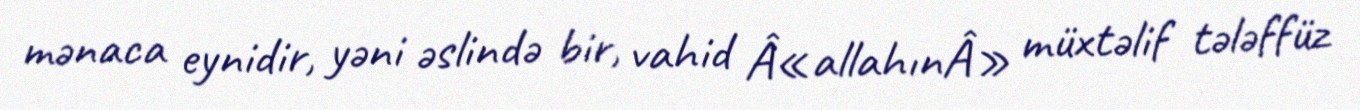
mənaca eynidir, yəni əslində bir, vahid Â«allahınÂ» müxtəlif tələffüz